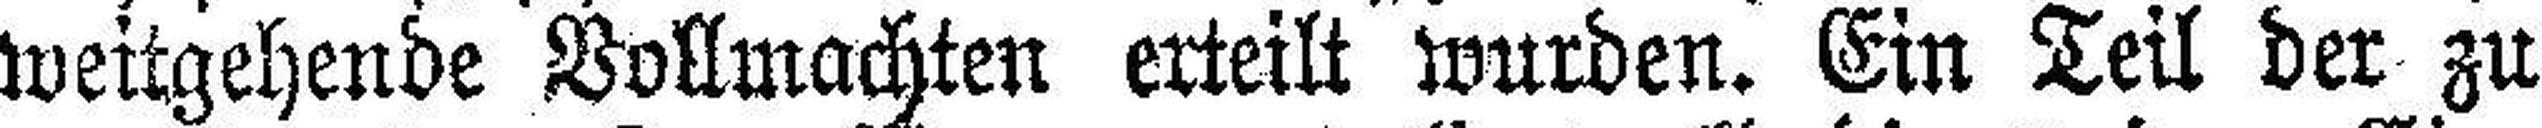
weitgehende Vollmachten erteilt wurden. Ein Teil der zu